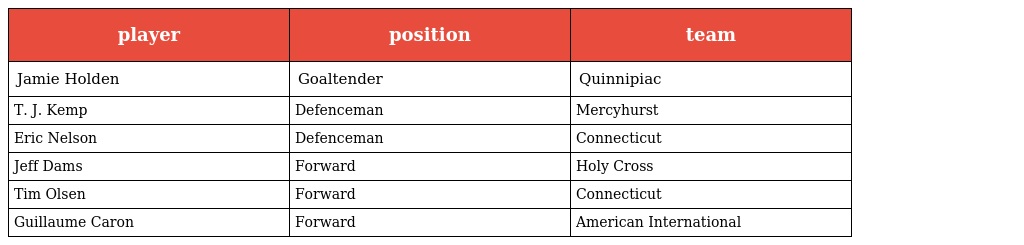
| player | position | team |
 | --- | --- | --- |
 | Jamie Holden | Goaltender | Quinnipiac |
 | T. J. Kemp | Defenceman | Mercyhurst |
 | Eric Nelson | Defenceman | Connecticut |
 | Jeff Dams | Forward | Holy Cross |
 | Tim Olsen | Forward | Connecticut |
 | Guillaume Caron | Forward | American International |